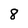
Character: 8